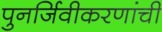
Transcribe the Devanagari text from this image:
पुनर्जिवीकरणांची